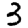
Digit: 3